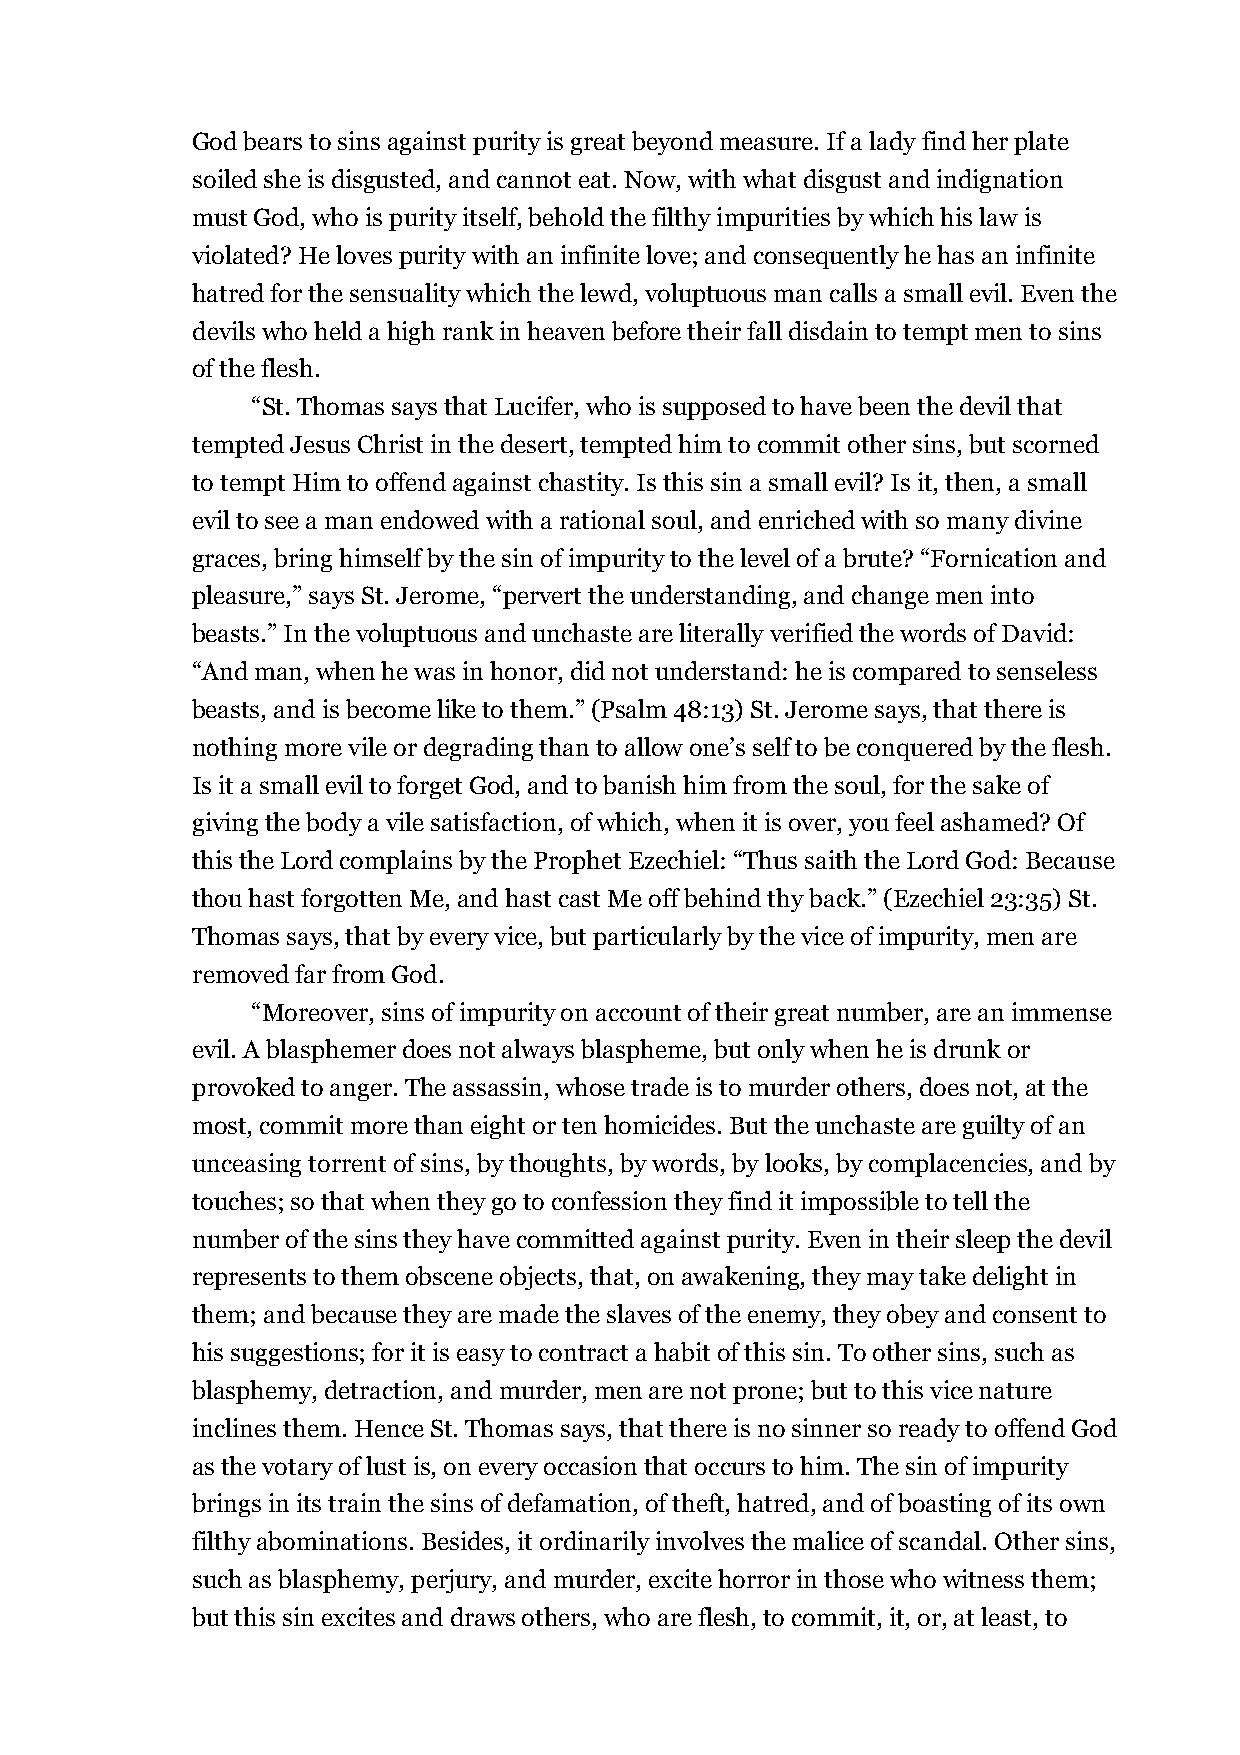
God bears to sins against purity is great beyond measure. If a lady find her plate
 soiled she is disgusted, and cannot eat. Now, with what disgust and indignation
 must God, who is purity itself, behold the filthy impurities by which his law is
 violated? He loves purity with an infinite love; and consequently he has an infinite
 hatred for the sensuality which the lewd, voluptuous man calls a small evil. Even the
 devils who held a high rank in heaven before their fall disdain to tempt men to sins
 of the flesh.
 “St. Thomas says that Lucifer, who is supposed to have been the devil that
 tempted Jesus Christ in the desert, tempted him to commit other sins, but scorned
 to tempt Him to offend against chastity. Is this sin a small evil? Is it, then, a small
 evil to see a man endowed with a rational soul, and enriched with so many divine
 graces, bring himself by the sin of impurity to the level of a brute? “Fornication and
 pleasure,” says St. Jerome, “pervert the understanding, and change men into
 beasts.” In the voluptuous and unchaste are literally verified the words of David:
 “And man, when he was in honor, did not understand: he is compared to senseless
 beasts, and is become like to them.” (Psalm 48:13) St. Jerome says, that there is
 nothing more vile or degrading than to allow one’s self to be conquered by the flesh.
 Is it a small evil to forget God, and to banish him from the soul, for the sake of
 giving the body a vile satisfaction, of which, when it is over, you feel ashamed? Of
 this the Lord complains by the Prophet Ezechiel: “Thus saith the Lord God: Because
 thou hast forgotten Me, and hast cast Me off behind thy back.” (Ezechiel 23:35) St.
 Thomas says, that by every vice, but particularly by the vice of impurity, men are
 removed far from God.
 “Moreover, sins of impurity on account of their great number, are an immense
 evil. A blasphemer does not always blaspheme, but only when he is drunk or
 provoked to anger. The assassin, whose trade is to murder others, does not, at the
 most, commit more than eight or ten homicides. But the unchaste are guilty of an
 unceasing torrent of sins, by thoughts, by words, by looks, by complacencies, and by
 touches; so that when they go to confession they find it impossible to tell the
 number of the sins they have committed against purity. Even in their sleep the devil
 represents to them obscene objects, that, on awakening, they may take delight in
 them; and because they are made the slaves of the enemy, they obey and consent to
 his suggestions; for it is easy to contract a habit of this sin. To other sins, such as
 blasphemy, detraction, and murder, men are not prone; but to this vice nature
 inclines them. Hence St. Thomas says, that there is no sinner so ready to offend God
 as the votary of lust is, on every occasion that occurs to him. The sin of impurity
 brings in its train the sins of defamation, of theft, hatred, and of boasting of its own
 filthy abominations. Besides, it ordinarily involves the malice of scandal. Other sins,
 such as blasphemy, perjury, and murder, excite horror in those who witness them;
 but this sin excites and draws others, who are flesh, to commit, it, or, at least, to